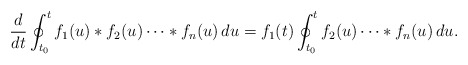
\begin{align*}\frac{ d }{d t}\oint_{t_0}^t f_1(u)*f_2(u)\dots* f_n (u) \,d u=f_1(t) \oint_{t_0}^t f_2(u)\dots* f_n (u) \, d u.\end{align*}